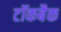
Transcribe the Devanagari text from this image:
टॉकबैक